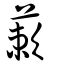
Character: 蔌